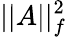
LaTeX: ||A||_{f}^{2}